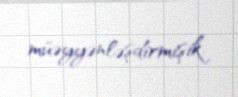
müəyyənləşdirmişik.